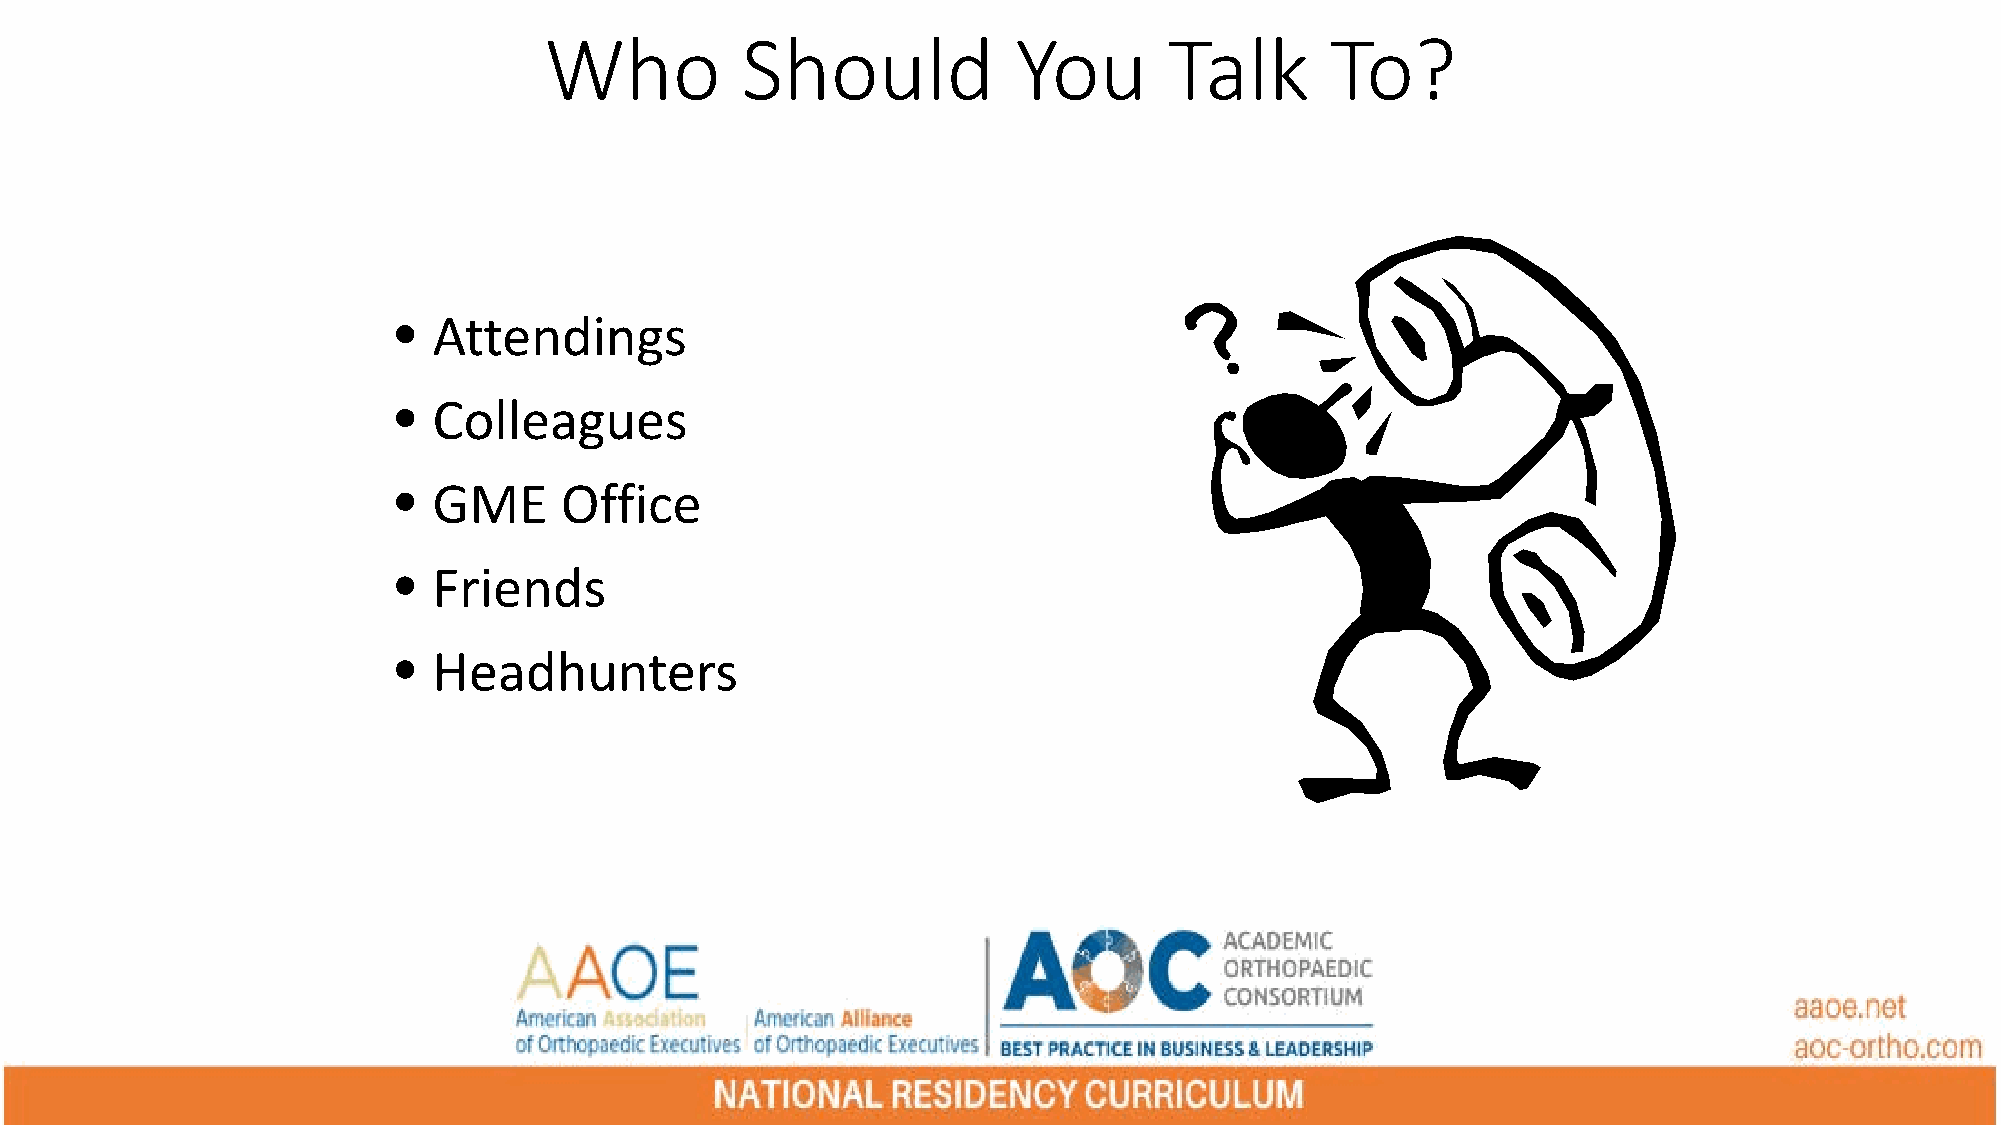
Who          Should            You       Talk       To?
 •  Attendings
 •  Colleagues
 •  GME     Office
 •  Friends
 •  Headhunters